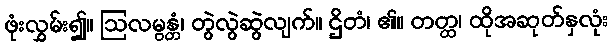
ဖုံးလွှမ်း၍။ ဩလမ္ဗန္တံ၊ တွဲလွဲဆွဲလျက်။ ဌိတံ၊ ၏။ တတ္ထ၊ ထိုအဆုတ်နှလုံး